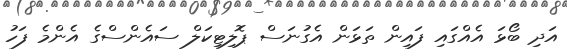
އަދި ބޯޅަ އެއްގައި ފައިން ތަޅަން އެގުނަސް ޕޮލިޓިކަލް ސައެންސްގެ އެންމެ ފަހު